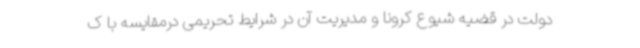
دولت در قضیه شیوع کرونا و مدیریت آن در شرایط تحریمی درمقایسه با ک